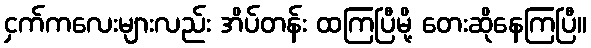
ငှက်ကလေးများလည်း အိပ်တန်း ထကြပြီမို့ တေးဆိုနေကြပြီ။